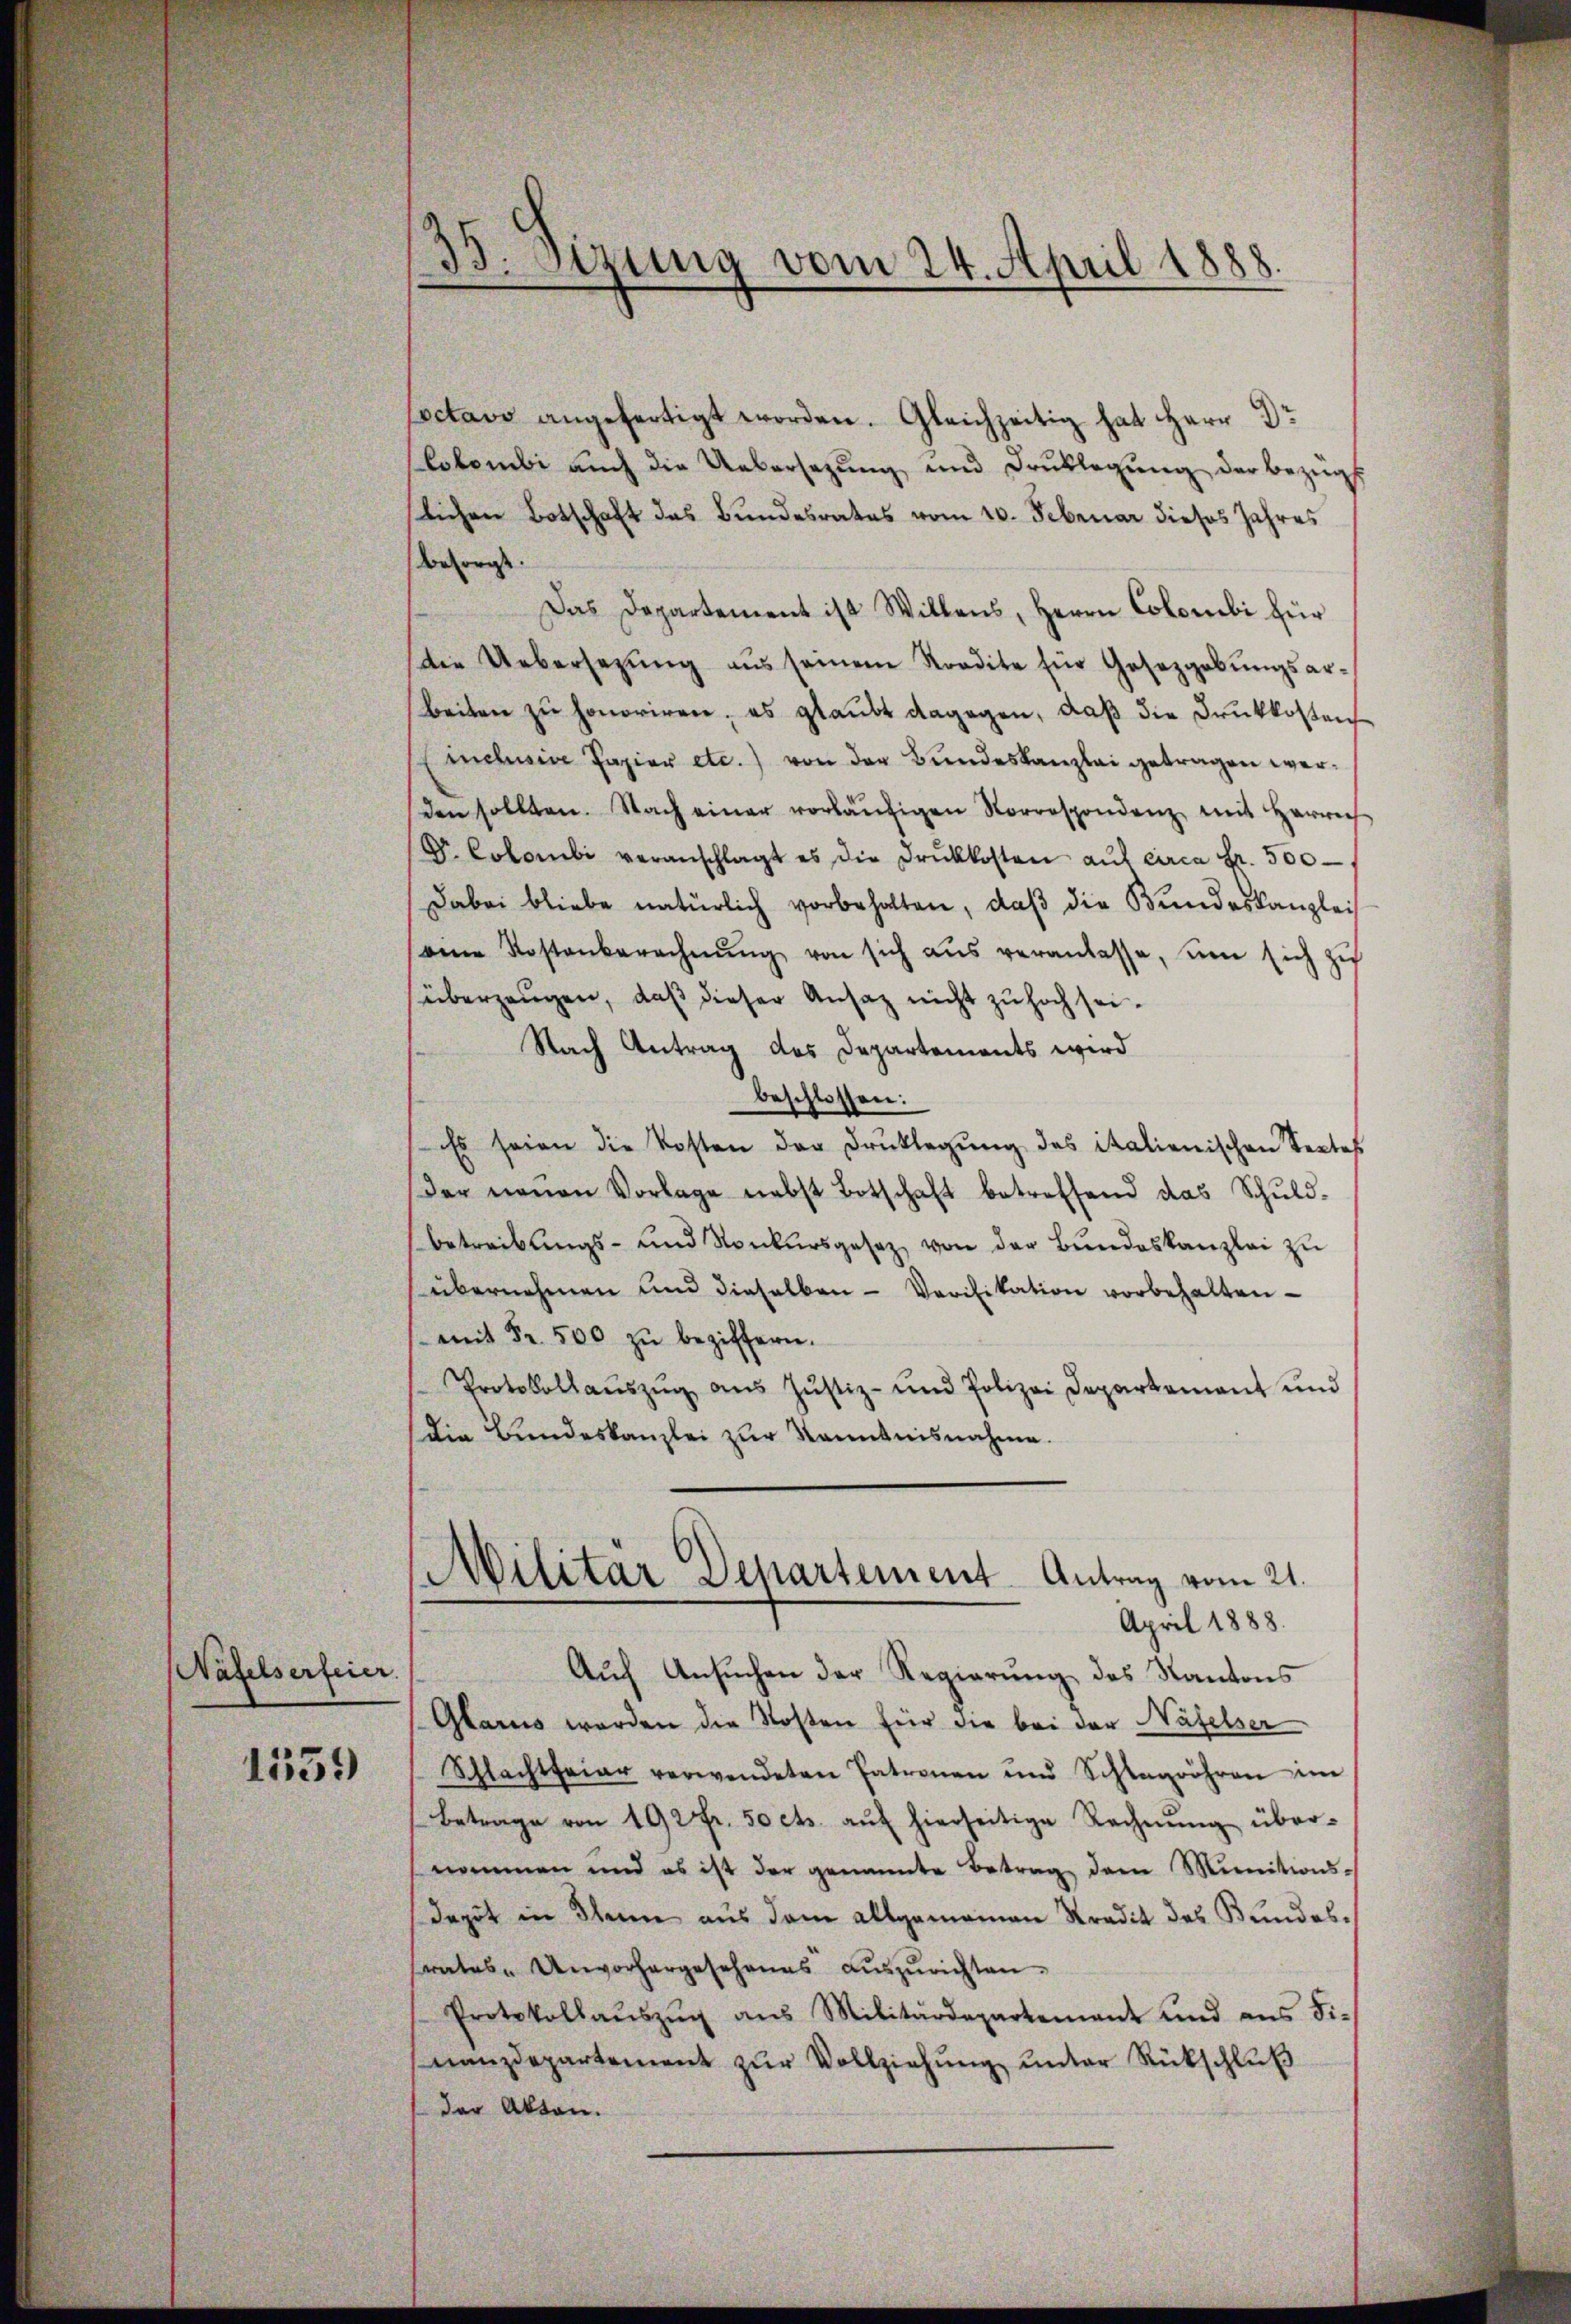
Näfelserfeier.

1559

33. Sizung vom 24. April 1888

octavo angefertigt worden. Gleichzeitig hat Herr Dr
Colombi aŭch die Uebersezung und Drŭklegŭng der bezüg
lichen Botschaft das Bundesrates vom 10. Februar dieses Jahres
besorgt.
Das Departement ist Willens, Herrn Colombi für
die Uebersezung ans seinem Stradite für Gesetzgebungsarbeiten zu honoriren, es glaubt dagegen, daß die Druckkosten
Eichwie Papier etc.) von der Bundeskanzlei getragen werden sollten. Nach einer vorläŭfigen Korrespondenz mit Herrech
D. Colombi veranschlagt es die Druckkosten aŭf circa Fr. 500
Dabei bliebe natürlich vorbehalten, daß die Bundeskanzlei
eine Kostenberechnŭng von sich aŭs veranlasse, um sich zu
überzeugen, daß dieser Ansatz nicht zu hoch sei¬
Nach Antrag des Departements wird
beschlossen:
Es seien die Kosten der Drŭcklegŭng des italienischen Sectes
der neuen Vorlage nebst Botschaft betreffend das Schŭld-
betreibŭngs- und Konkursgesetz von der Bŭndeskanzlei zu
übernehmen und dieselben Verifikation vorbehalten
mit Fr. 500 zŭ beziffern.
Protokollaŭszŭg aŭs Jŭstiz- und Polizei Departamant und
die Bundeskanzlei zŭr Kenntnisnahme.
Militär Departement Antrag vom 21.
April 1888.
Auch Ansuchen der Regierung des Kantons
Glarus werden die Kosten für die bei der Näfelser
Schlechtfeier verwendeten Patronen und Schlagröhren im
Betrage von 192 fr. 50 cts. aŭf hierseitige Rechnŭng über-
nommen und es ist der genannte Betrag dem Minitions-
dagit in denn aus dem allgemeinen Stradit des Bundes-
srates Unvorhergesehenes auszurichten.
Protokollaŭszŭg ans Militärdepartement und ans Fi-
nanzdepartement zŭr Vollziehŭng ŭnter Rückschlŭβ
der Akten.